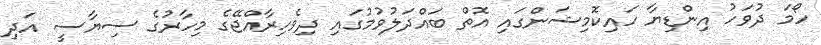
ހޯމަ ދުވަހު އިންޑިޔާ ހައިކޮމިޝަންގައި އޮތް ބައްދަލުވުމުގައި ދިވެހިރާއްޖޭގެ މިހާރުގެ ސިޔާސީ އަދި